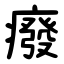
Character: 癈